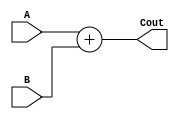
// ADD

module ADD ( A,
			 B,
			 Cout);

	parameter n = 16;

	input  [n-1:0] A;
	input  [n-1:0] B;

	output [n-1:0] Cout;

	assign Cout = A + B;

endmodule